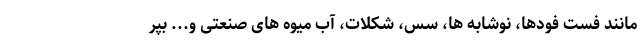
مانند فست فودها، نوشابه ها، سس، شکلات، آب میوه های صنعتی و... بپر